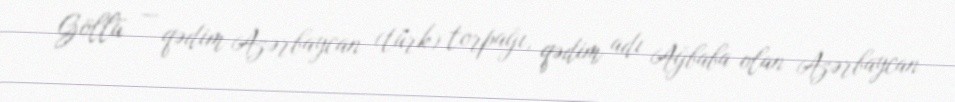
Göllü — qədim Azərbaycan (türk) torpağı, qədim adı Ağbaba olan Azərbaycan